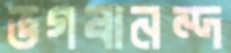
ভগবানন্দ